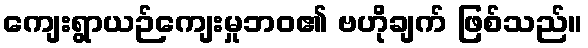
ကျေးရွာယဉ်ကျေးမှုဘဝ၏ ဗဟိုချက် ဖြစ်သည်။